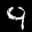
Label: 9